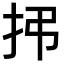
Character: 𫼛